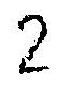
2